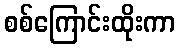
စစ်ကြောင်းထိုးကာ